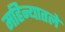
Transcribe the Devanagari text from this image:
महिन्यातले